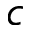
c